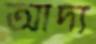
আদ্য